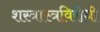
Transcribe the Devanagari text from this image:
शस्त्रास्त्रविरोधी